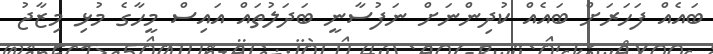
ބައެއް ފަހަރަށް ބައެއް ކުދިންނަށް ނަފުސާނީ ބަދަލުތައް އައިސް މީހާގެ މުޅި މިޒާޖު